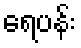
ရေပန်း